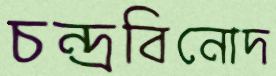
চন্দ্রবিনোদ